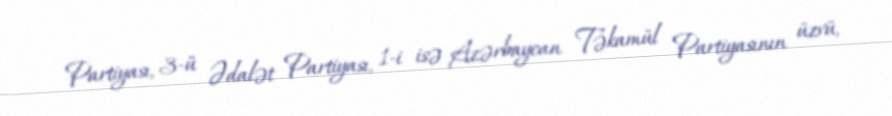
Partiyası, 3-ü Ədalət Partiyası, 1-i isə Azərbaycan Təkamül Partiyasının üzvü,